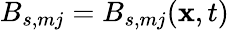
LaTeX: B_{s,mj}=B_{s,mj}(\mathbf{x},t)